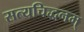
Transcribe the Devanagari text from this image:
सत्यचिद्धनम्